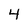
Character: 4